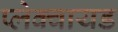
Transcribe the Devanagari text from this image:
प्लेक्वायड